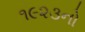
૧૯૨૩નો